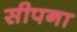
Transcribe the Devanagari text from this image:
सीपना